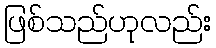
ဖြစ်သည်ဟုလည်း